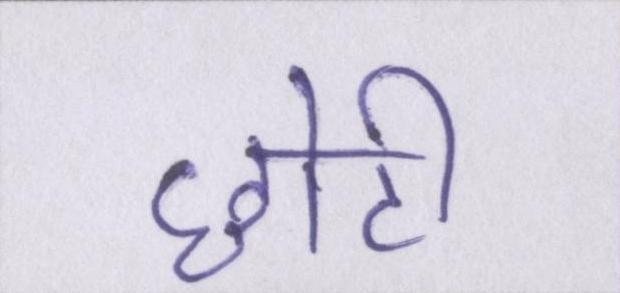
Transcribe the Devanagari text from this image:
छोटी